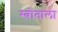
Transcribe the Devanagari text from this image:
स्त्रोताला